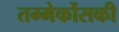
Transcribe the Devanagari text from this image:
तम्मेर्कोसकी